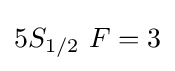
5S_{1/2}\ F=3